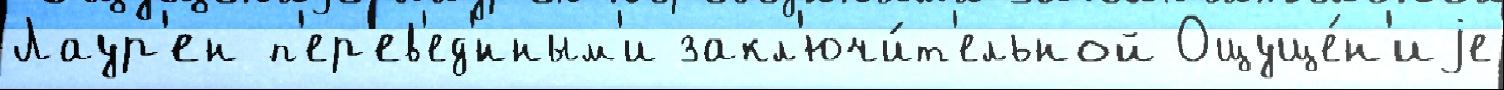
Лаур'ен п'ер'ев'ед'́нным'и закл'ючи́т'ельной Ощуще́н'иjе